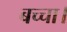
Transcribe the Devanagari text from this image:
बच्चा।